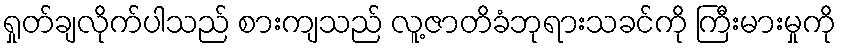
ရှုတ်ချလိုက်ပါသည် စားကျသည် လူ့ဇာတိခံဘုရားသခင်ကို ကြီးမားမှုကို